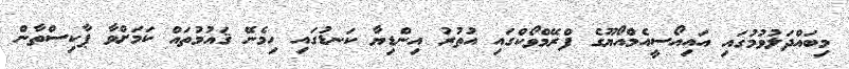
މިބައްދަލުވުމުގައި އައިއޯސީއެމްއޯޔޫގެ ފްރޭމްވޯކްގައި އުތުރު އިންޑިޔާ ކަނޑުގައި ހިމެނޭ ޤައުމުތައް ކަމަށްވާ ޕާކިސްތާން